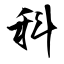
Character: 科